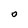
Character: O